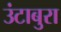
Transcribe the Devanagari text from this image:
उंटाबुरा